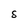
Character: S